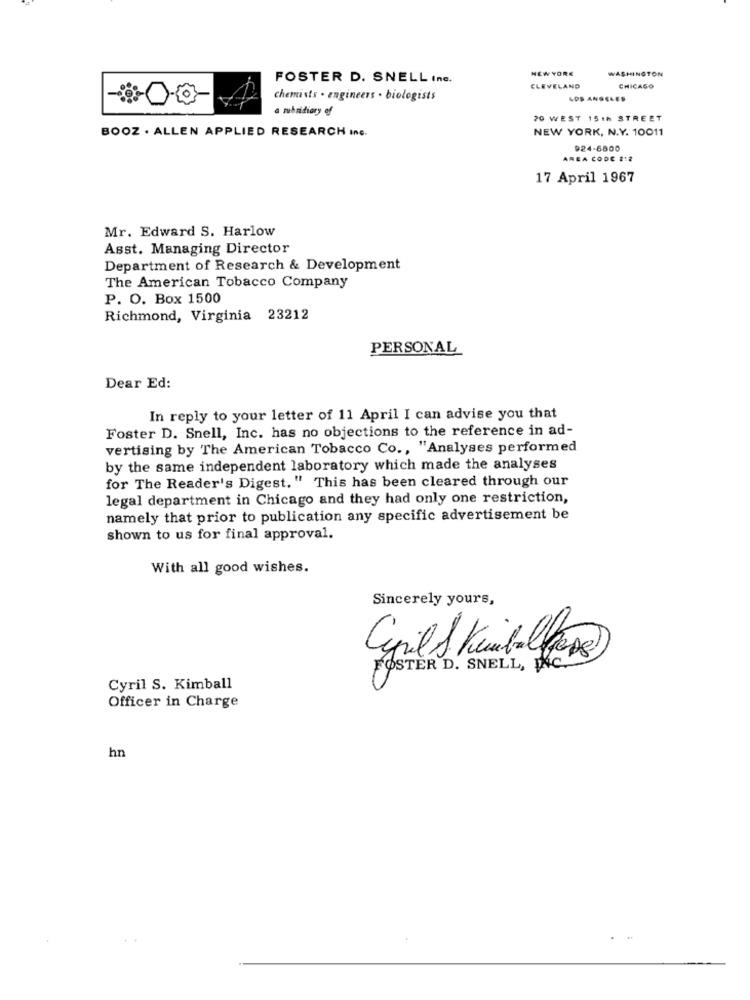
NEW YORK
WASHINGTON
FOSTER D. SNELL Ine.
CLEVELAND
CHICAGO
chemists . engineers . biologists
LOS ANGELES
a muibridiary of
20 WEST 15th STREET
BOOZ . ALLEN APPLIED RESEARCH InG.
NEW YORK, N.Y. 10011
924-6800
AREA CODE 2:2
17 April 1967
Mr. Edward S. Harlow
Asst. Managing Director
Department of Research & Development
The American Tobacco Company
P. O. Box 1500
Richmond, Virginia 23212
PERSONAL
Dear Ed:
In reply to your letter of 11 April I can advise you that
Foster D. Snell, Inc. has no objections to the reference in ad-
vertising by The American Tobacco Co ., "Analyses performed
by the same independent laboratory which made the analyses
for The Reader's Digest." This has been cleared through our
legal department in Chicago and they had only one restriction,
namely that prior to publication any specific advertisement be
shown to us for final approval.
With all good wishes.
Sincerely yours,
FOSTER D. SNELL, INC."
Cyril S. Kimball
Officer in Charge
hn